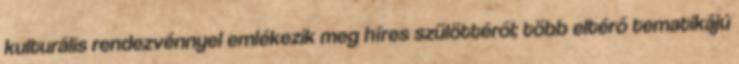
kulturális rendezvénnyel emlékezik meg híres szülöttéről; több eltérő tematikájú